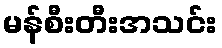
မန်စီးတီးအသင်း